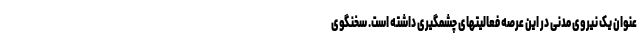
عنوان یک نیروی مدنی در این عرصه فعالیتهای چشمگیری داشته است. سخنگوی